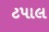
ટપાલ